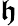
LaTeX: \boldsymbol{\mathfrak{h}}